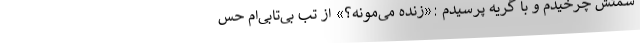
سمتش چرخیدم و با گریه پرسیدم :«زنده می‌مونه؟» از تب بی‌تابی‌ام حس